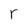
Character: r